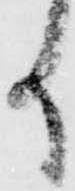
事